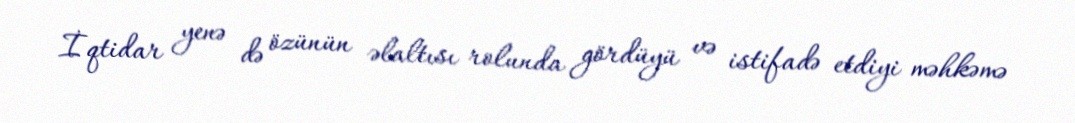
İqtidar yenə də özünün əlaltısı rolunda gördüyü və istifadə etdiyi məhkəmə